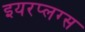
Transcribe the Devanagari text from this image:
इयरप्लग्स